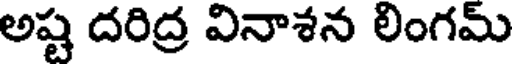
అష్ట దరిద్ర వినాశన లింగమ్